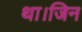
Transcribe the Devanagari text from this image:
था।जिन